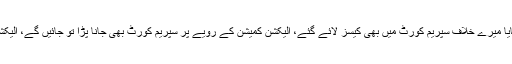
عمران خان کا مزید کہنا تھا کہ جب سے پاناما کیس اٹھایا میرے خلاف سپریم کورٹ میں بھی کیسز لائے گئے، الیکشن کمیشن کے رویے پر سپریم کورٹ بھی جانا پڑا تو جائیں گے، الیکشن کمیشن کیسے کسی کے وارنٹ جاری کر سکتی ہے؟